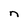
Character: n